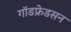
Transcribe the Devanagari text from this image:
गॉडफ्रेडसन